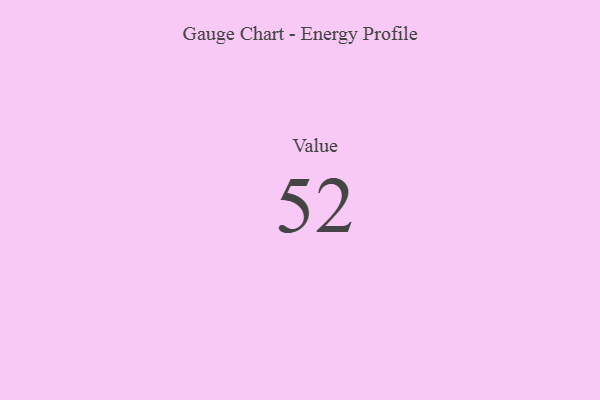
{"axis": {"x": "Metric", "y": "Value"}, "legend": [""], "data": [{"x": "Value", "y": 52, "type": ""}]}